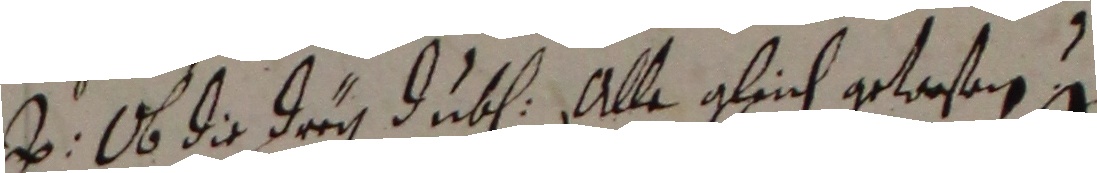
Ob die dry duben alle gleich gelroßen e.